Scottish Leaving Certificate Examination, 1953
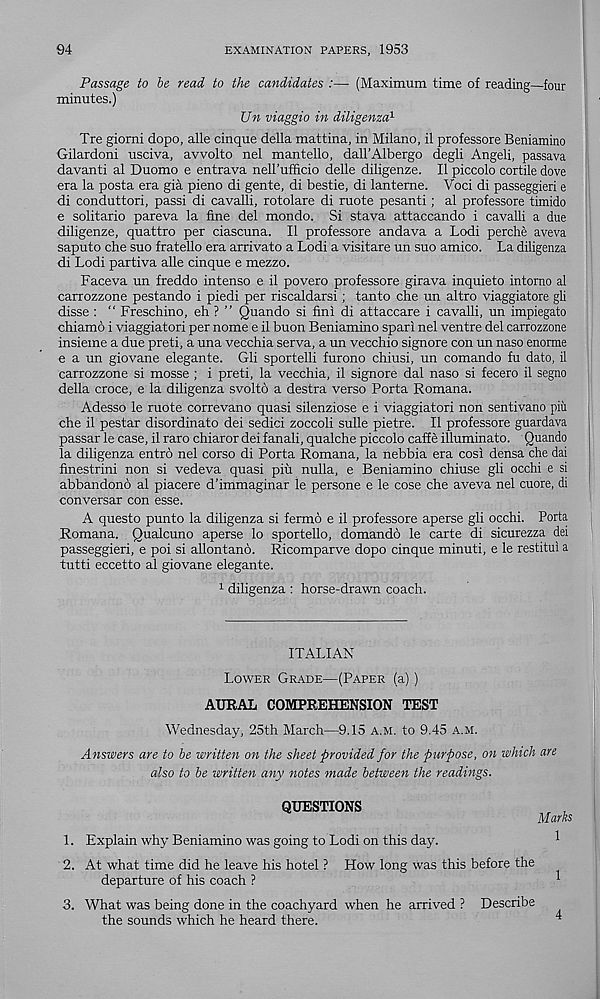
94
EXAMINATION PAPERS, 1953
Passage to be read to the candidates :— (Maximum time of reading—four
minutes.)
Un viaggio in diligenza 1
Tre giorni dopo, alle cinque della mattina, in Milano, il professore Beniamino
Gilardoni usciva, avvolto nel mantello, dall’Albergo degli Angeli, passava
davanti al Duomo e entrava neH’ufficio delle diligenze. II piccolo cortile dove
era la posta era gia pieno di gente, di bestie, di lanteme. Voci di passeggieri e
di conduttori, passi di cavalli, rotolare di ruote pesanti; al professore timido
e solitario pareva la fine del mondo. Si stava attaccando i cavalli a due
diligenze, quattro per ciascuna. II professore andava a Lodi perche aveva
saputo che suo fratello era arrivato a Lodi a visitare un suo amico. La diligenza
di Lodi partiva alle cinque e mezzo.
Faceva un freddo intenso e il povero professore girava inquieto intorno al
carrozzone pestando i piedi per riscaldarsi; tanto che un altro viaggiatore gli
disse : “ Freschino, eh ? ” Quando si fini di attaccare i cavalli, un impiegato
chiamo i viaggiatori per nome e il buon Beniamino spar! nel ventre del carrozzone
insieme a due preti, a una vecchia serva, a un vecchio signore con un naso enorme
e a un giovane elegante. Gli sportelli furono chiusi, un comando fu dato, il
carrozzone si mosse ; i preti, la vecchia, il signore dal naso si fecero il segno
della croce, e la diligenza svolto a destra verso Porta Romana.
Adesso le ruote correvano quasi silenziose e i viaggiatori non sentivano piu
che il pestar disordinato dei sedici zoccoli sulle pietre. Il professore guardava
passar le case, il raro chiaror dei fanali, qualche piccolo caffe illuminato. Quando
la diligenza entro nel corso di Porta Romana, la nebbia era cosi densa che dai
finestrini non si vedeva quasi piu nulla, e Beniamino chiuse gli occhi e si
abbandono al piacere d’immaginar le persone e le cose che aveva nel cuore, di
conversar con esse.
A questo punto la diligenza si fermo e il professore aperse gli occhi. Porta
Romana. Qualcuno aperse lo sportello, domando le carte di sicurezza dei
passeggieri, e poi si allontano. Ricomparve dopo cinque minuti, e le restitui a
tutti eccetto al giovane elegante.
1 diligenza : horse-drawn coach.
ITALIAN
Lower Grade—(Paper (a))
AURAL COMPREHENSION TEST
Wednesday, 25th March—9.15 a.m. to 9.45 a.m.
Answers are to be written on the sheet provided for the purpose, on which are
also to be written any notes made between the readings.
QUESTIONS
Marks
1. Explain why Beniamino was going to Lodi on this day.
1
2. At what time did he leave his hotel ? How long was this before the
departure of his coach ?
*
3. What was being done in the coachyard when he arrived ? Describe
the sounds which he heard there.
4